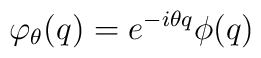
\varphi_{\theta}(q)=e^{-i\theta q}\phi(q)